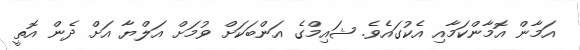
އަމާން އޮމާންކަމާއި އެކުގައެވެ. ޝައިމްގެ އަންބަކަށް ވުމަށް އަލްޔާ އަށް ދެން އޮތީ